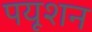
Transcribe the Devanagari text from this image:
पयूशन